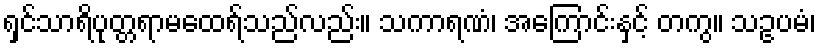
ရှင်သာရိပုတ္တရာမထေရ်သည်လည်း။ သကာရဏံ၊ အကြောင်းနှင့် တကွ။ သဥပမံ၊